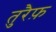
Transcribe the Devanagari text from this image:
तुरैफ़